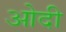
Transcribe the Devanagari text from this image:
ओदी